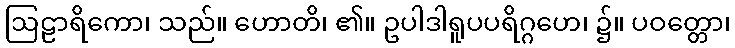
ဩဠာရိကော၊ သည်။ ဟောတိ၊ ၏။ ဥပါဒါရူပပရိဂ္ဂဟေ၊ ၌။ ပဝတ္တော၊